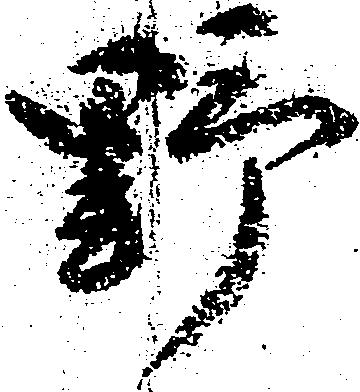
野